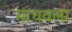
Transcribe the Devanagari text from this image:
माधवला